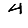
Digit: 4